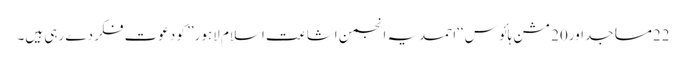
22مساجداور20 مشن ہائو س ‘‘احمدیہ انجمن اشاعت اسلام لاہور’’ کو دعوت فکر دے رہی ہیں۔